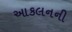
આકલનની